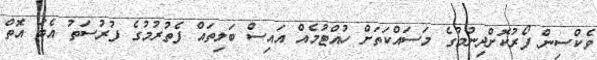
ވެކްސިން ފޯރުކޮށްދިނުމުގެ މަސައްކަތަށް ހުއްޓުމެއް އައިސް ބަލިތައް ފެތުރުމުގެ ފުރުސަތު އެބަ އޮތް